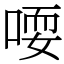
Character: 𫪱